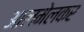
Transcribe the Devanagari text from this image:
आलमेलकर